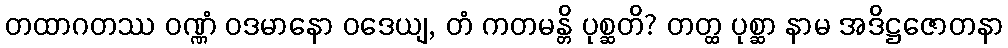
တထာဂတဿ ဝဏ္ဏံ ဝဒမာနော ဝဒေယျ, တံ ကတမန္တိ ပုစ္ဆတိ? တတ္ထ ပုစ္ဆာ နာမ အဒိဋ္ဌဇောတနာ